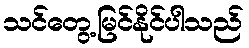
သင်တွေ့မြင်နိုင်ပါသည်